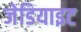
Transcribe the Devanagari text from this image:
जेडियाइट